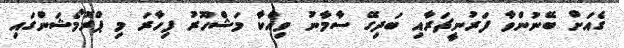
ގެއަށް ބޭނުންވާ ފަރުނީޗަރާއި ބަދިގޭ ސާމާނު ވިއްކާ މަޝްހޫރު ފިހާރަ މި ޕްރޮމޯޝަންގައި